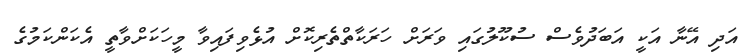
އަދި އޭނާ އަކީ އަބަދުވެސް ސުކޫލުގައި ވަރަށް ހަރަކާތްތެރިކޮށް އުޅެވިފައިވާ މީހަކަށްވާތީ އެކަންކަމުގެ